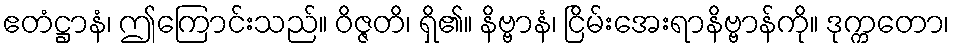
ဧတံဋ္ဌာနံ၊ ဤကြောင်းသည်။ ဝိဇ္ဇတိ၊ ရှိ၏။ နိဗ္ဗာနံ၊ ငြိမ်းအေးရာနိဗ္ဗာန်ကို။ ဒုက္ကတော၊